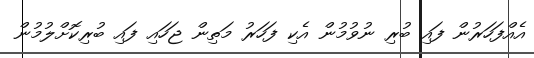
އެއްފަހަރުން ފައި ބުރި ނުވުމުން އެކި ފަހަރު މަތިން ޖަހައި ފައި ބުރިކޮށްލުމުން